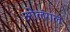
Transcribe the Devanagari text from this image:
ओलंगल